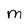
Character: m